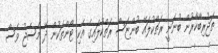
ތަޖުރިބާކާރުން ބުނަނީ ރަތްކުލައޭ ބުންޏަސް ރަތްކުލައިގެ އެކި ޓޯންތަކުން ދޭ މެސެޖު ވެސް